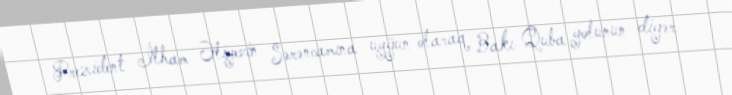
Prezident İlham Əliyevin Sərəncamına uyğun olaraq Bakı-Quba yolunun digər